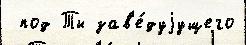
 под Ты зав'е́дуjущего